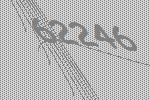
62246